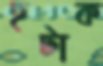
হটাক